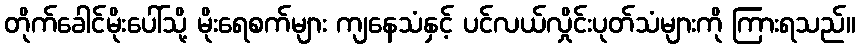
တိုက်ခေါင်မိုးပေါ်သို့ မိုးရေစက်များ ကျနေသံနှင့် ပင်လယ်လှိုင်းပုတ်သံများကို ကြားရသည်။